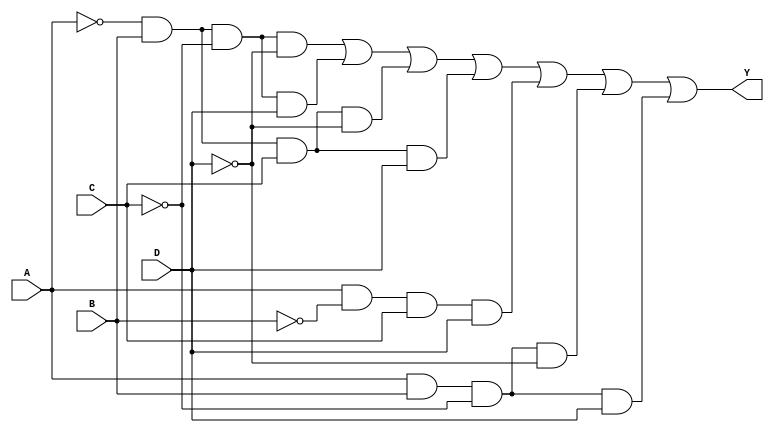

`timescale 10 ns / 1 ns

module comb_Y2(output Y, input A, B, C, D);

assign Y = (~A & B & ~C & ~D)|(~A & B & ~C & D)|(~A & B & C & ~D)|(~A & B & C & D)|(A & ~B & C & D)|(A & B & ~C & ~D)|(A & B & ~C & D);

endmodule